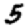
Digit: 5